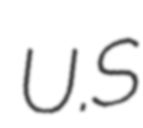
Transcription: U.S